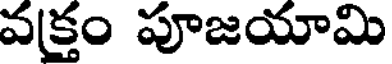
వక్తం పూజయామి